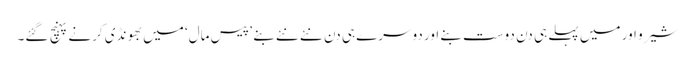
شیرو اور میں پہلے ہی دن دوست بنے اور دوسرے ہی دن نئے نئے بنے ’پیس مال‘ میں بھونڈی کرنے پہنچ گئے۔